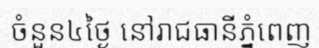
ចំនួន៤ថ្ងៃ នៅរាជធានីភ្នំពេញ